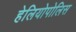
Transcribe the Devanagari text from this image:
हेलियोपोलिस